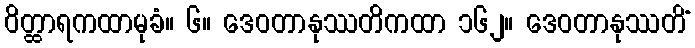
ဝိတ္ထာရကထာမုခံ။ ၆။ ဒေဝတာနုဿတိကထာ ၁၆၂။ ဒေဝတာနုဿတိံ